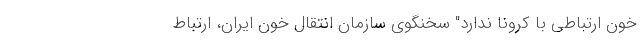
خون ارتباطی با کرونا ندارد" سخنگوی سازمان انتقال خون ایران، ارتباط